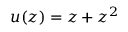
u ( z ) = z + z ^ { 2 }